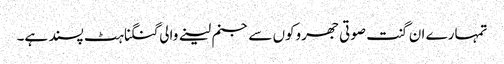
تمہارے ان گنت صوتی جھروکوں سے جنم لینے والی گنگناہٹ پسند ہے۔